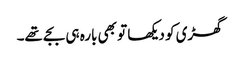
گھڑی کو دیکھا تو بھی بارہ ہی بجے تھے۔